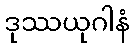
ဒုဿယုဂါနံ